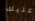
عليك